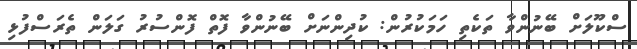
ސްކޫލަށް ބޭނުންވާ ތަކެތި ހަމަކުރުން: ކުދިންނަށް ބޭނުންވާ ފޮތް ފޮންސުރު ގަލަން ތެރަސްފުޅި